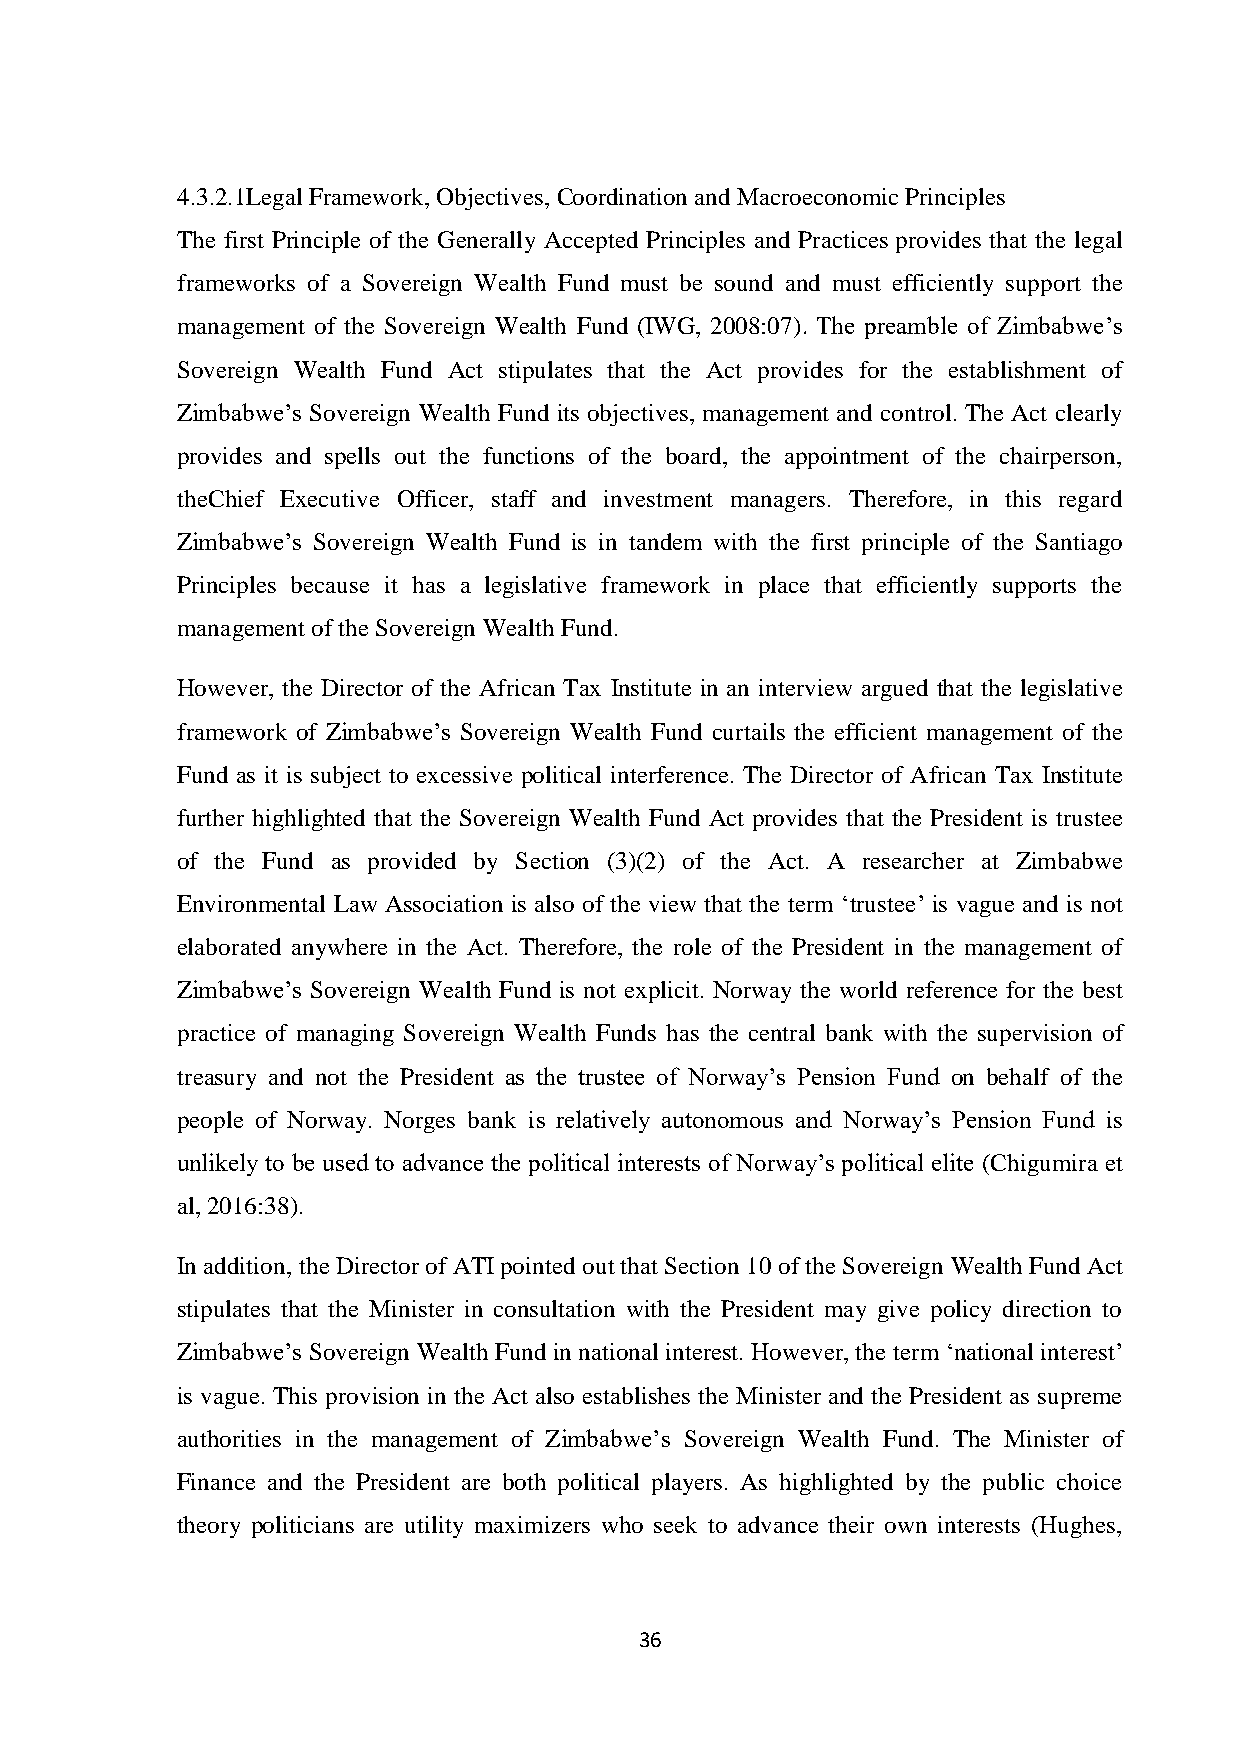
4.3.2.1Legal Framework, Objectives, Coordination and Macroeconomic Principles
 The first Principle of the Generally Accepted Principles and Practices provides that the legal
 frameworks of a Sovereign Wealth Fund must be sound and must efficiently support the
 management of the Sovereign Wealth Fund (IWG, 2008:07). The preamble of Zimbabwe’s
 Sovereign Wealth Fund Act stipulates that the Act provides for the establishment of
 Zimbabwe’s Sovereign Wealth Fund its objectives, management and control. The Act clearly
 provides and spells out the functions of the board, the appointment of the chairperson,
 theChief Executive Officer, staff and investment managers. Therefore, in this regard
 Zimbabwe’s Sovereign Wealth Fund is in tandem with the first principle of the Santiago
 Principles because it has a legislative framework in place that efficiently supports the
 management of the Sovereign Wealth Fund.
 However, the Director of the African Tax Institute in an interview argued that the legislative
 framework of Zimbabwe’s Sovereign Wealth Fund curtails the efficient management of the
 Fund as it is subject to excessive political interference. The Director of African Tax Institute
 further highlighted that the Sovereign Wealth Fund Act provides that the President is trustee
 of the Fund as provided by Section (3)(2) of the Act. A researcher at Zimbabwe
 Environmental Law Association is also of the view that the term ‘trustee’ is vague and is not
 elaborated anywhere in the Act. Therefore, the role of the President in the management of
 Zimbabwe’s Sovereign Wealth Fund is not explicit. Norway the world reference for the best
 practice of managing Sovereign Wealth Funds has the central bank with the supervision of
 treasury and not the President as the trustee of Norway’s Pension Fund on behalf of the
 people of Norway. Norges bank is relatively autonomous and Norway’s Pension Fund is
 unlikely to be used to advance the political interests of Norway’s political elite (Chigumira et
 al, 2016:38).
 In addition, the Director of ATI pointed out that Section 10 of the Sovereign Wealth Fund Act
 stipulates that the Minister in consultation with the President may give policy direction to
 Zimbabwe’s Sovereign Wealth Fund in national interest. However, the term ‘national interest’
 is vague. This provision in the Act also establishes the Minister and the President as supreme
 authorities in the management of Zimbabwe’s Sovereign Wealth Fund. The Minister of
 Finance and the President are both political players. As highlighted by the public choice
 theory politicians are utility maximizers who seek to advance their own interests (Hughes,
 36